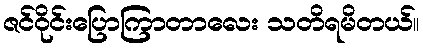
ဇင်ဝိုင်းပြောကြာတာလေး သတိရမိတယ်။